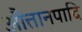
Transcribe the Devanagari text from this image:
औत्तानपादि